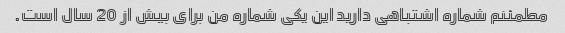
مطمئنم شماره اشتباهی دارید این یکی شماره من برای بیش از 20 سال است.